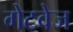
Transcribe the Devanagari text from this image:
गेटवेज